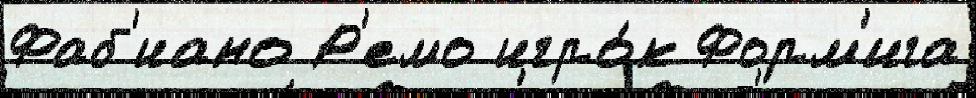
Фаб'иано Р'емо игро́к Форм'ига